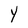
Character: Y